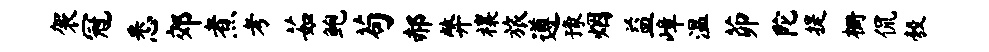
袈冠悉郊煮考茹鲍苟郝弊禳旅遵豫烟益嶂温茆陀提栅侃彀